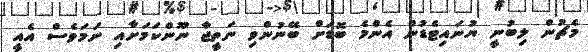
މެޗުން ލިބުނީ ޔުނައިޓެޑުން އެންމެ ބޮޑަށް ބޭނުންވި ނަތީޖާ ނޫންކަމަށާއި ނަމަވެސް އެއީ